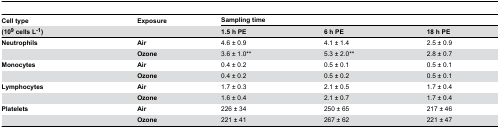
<table><thead><tr><td><b>Cell type</b></td><td><b>Exposure</b></td><td colspan="3"><b>Sampling time</b></td></tr><tr><td><b>(10<sup>9</sup> cells L<sup>-1</sup>)</b></td><td></td><td><b>1.5 h PE</b></td><td><b>6 h PE</b></td><td><b>18 h PE</b></td></tr></thead><tbody><tr><td><b>Neutrophils</b></td><td><b>Air</b></td><td>4.6 ± 0.9</td><td>4.1 ± 1.4</td><td>2.5 ± 0.9</td></tr><tr><td></td><td><b>Ozone</b></td><td>3.6 ± 1.0**</td><td>5.3 ± 2.0**</td><td>2.8 ± 0.7</td></tr><tr><td><b>Monocytes</b></td><td><b>Air</b></td><td>0.4 ± 0.2</td><td>0.5 ± 0.1</td><td>0.5 ± 0.1</td></tr><tr><td></td><td><b>Ozone</b></td><td>0.4 ± 0.2</td><td>0.5 ± 0.2</td><td>0.5 ± 0.1</td></tr><tr><td><b>Lymphocytes</b></td><td><b>Air</b></td><td>1.7 ± 0.3</td><td>2.1 ± 0.5</td><td>1.7 ± 0.4</td></tr><tr><td></td><td><b>Ozone</b></td><td>1.6 ± 0.4</td><td>2.1 ± 0.7</td><td>1.7 ± 0.4</td></tr><tr><td><b>Platelets</b></td><td><b>Air</b></td><td>226 ± 34</td><td>250 ± 65</td><td>217 ± 46</td></tr><tr><td></td><td><b>Ozone</b></td><td>221 ± 41</td><td>267 ± 62</td><td>221 ± 47</td></tr></tbody></table>